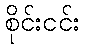
စိုင်းငင်း